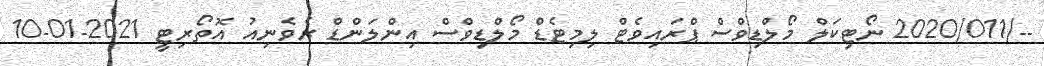
--/2020/011 ނޯޓިކަލް މޯލްޑިވްސް ޕްރައިވެޓް ލިމިޓެޑް މޯލްޑިވްސް އިންލަންޑް ރެވެނިއު އޮތޯރިޓީ 2021-01-10